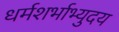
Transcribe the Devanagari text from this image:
धर्मशर्भाभ्युदय